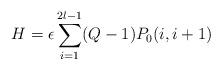
LaTeX: \begin{align*}H=\epsilon\sum_{i=1}^{2l-1}(Q-1)P_{0}(i,i+1) \end{align*}